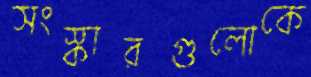
সংস্কারগুলোকে